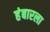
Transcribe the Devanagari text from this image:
हंबारला